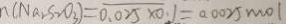
n ( N a _ { 2 } S _ { 2 } O _ { 3 } ) = 0 . 0 2 5 \times 0 . 1 = 0 . 0 0 2 5 m o l